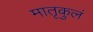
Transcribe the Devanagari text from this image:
मातृकुलं